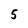
Character: 5